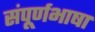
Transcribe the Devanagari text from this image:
संपूर्णभाषा